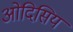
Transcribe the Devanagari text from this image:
ओदिसिय